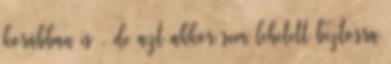
korábban is , de azt akkor sem lehetett biztosra